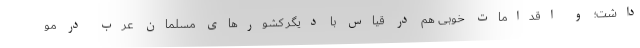
داشت؛ و اقدامات خوبی هم در قیاس با دیگر کشور‌های مسلمان عرب در مو